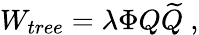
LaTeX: W_{tree}=\lambda\Phi Q{\widetilde Q}~,